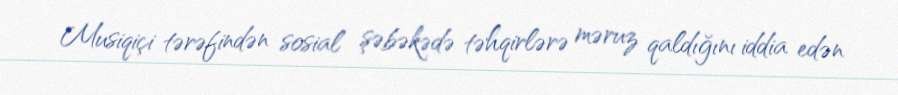
Musiqiçi tərəfindən sosial şəbəkədə təhqirlərə məruz qaldığını iddia edən